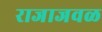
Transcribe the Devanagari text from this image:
राजाजवळ